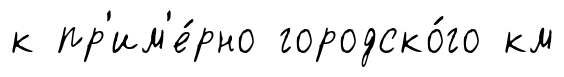
к пр'им'е́рно городско́го км